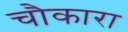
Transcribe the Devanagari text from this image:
चौकारा